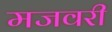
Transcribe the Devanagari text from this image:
मजवरी